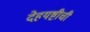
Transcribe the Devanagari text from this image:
देहयष्टीची